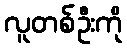
လူတစ်ဦးကို